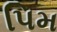
પિમ